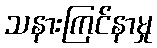
သနားကြင်နာမှု